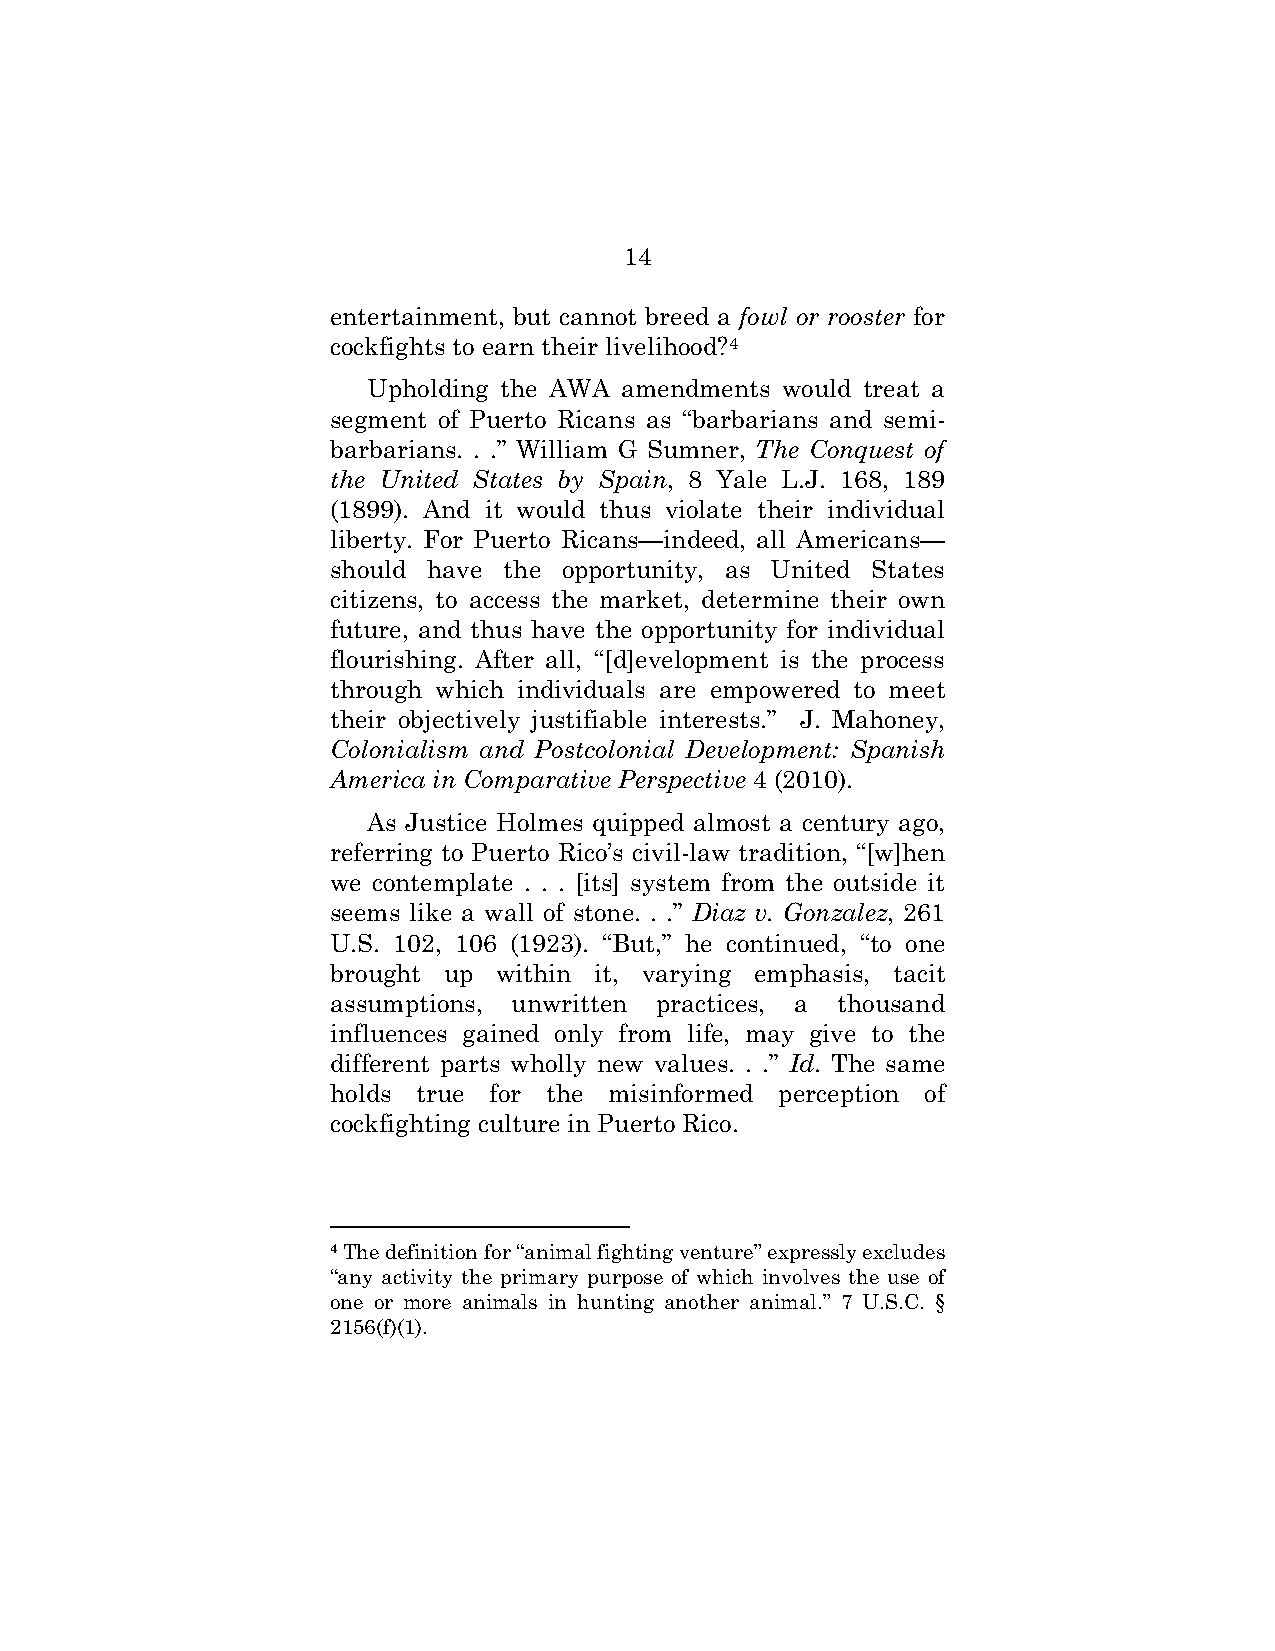
14
 entertainment, but cannot breed a fowl or rooster for
 cockfights to earn their livelihood?4
 Upholding the AWA amendments would treat a
 segment of Puerto Ricans as “barbarians and semi-
 barbarians. . .” William G Sumner, The Conquest of
 the United States by Spain, 8 Yale L.J. 168, 189
 (1899). And it would thus violate their individual
 liberty. For Puerto Ricans—indeed, all Americans—
 should have the opportunity, as United States
 citizens, to access the market, determine their own
 future, and thus have the opportunity for individual
 flourishing. After all, “[d]evelopment is the process
 through which individuals are empowered to meet
 their objectively justifiable interests.” J. Mahoney,
 Colonialism and Postcolonial Development: Spanish
 America in Comparative Perspective 4 (2010).
 As Justice Holmes quipped almost a century ago,
 referring to Puerto Rico’s civil-law tradition, “[w]hen
 we contemplate . . . [its] system from the outside it
 seems like a wall of stone. . .” Diaz v. Gonzalez, 261
 U.S. 102, 106 (1923). “But,” he continued, “to one
 brought up within it, varying emphasis, tacit
 assumptions, unwritten practices, a thousand
 influences gained only from life, may give to the
 different parts wholly new values. . .” Id. The same
 holds true for the misinformed perception of
 cockfighting culture in Puerto Rico.
 4 The definition for “animal fighting venture” expressly excludes
 “any activity the primary purpose of which involves the use of
 one or more animals in hunting another animal.” 7 U.S.C. §
 2156(f)(1).